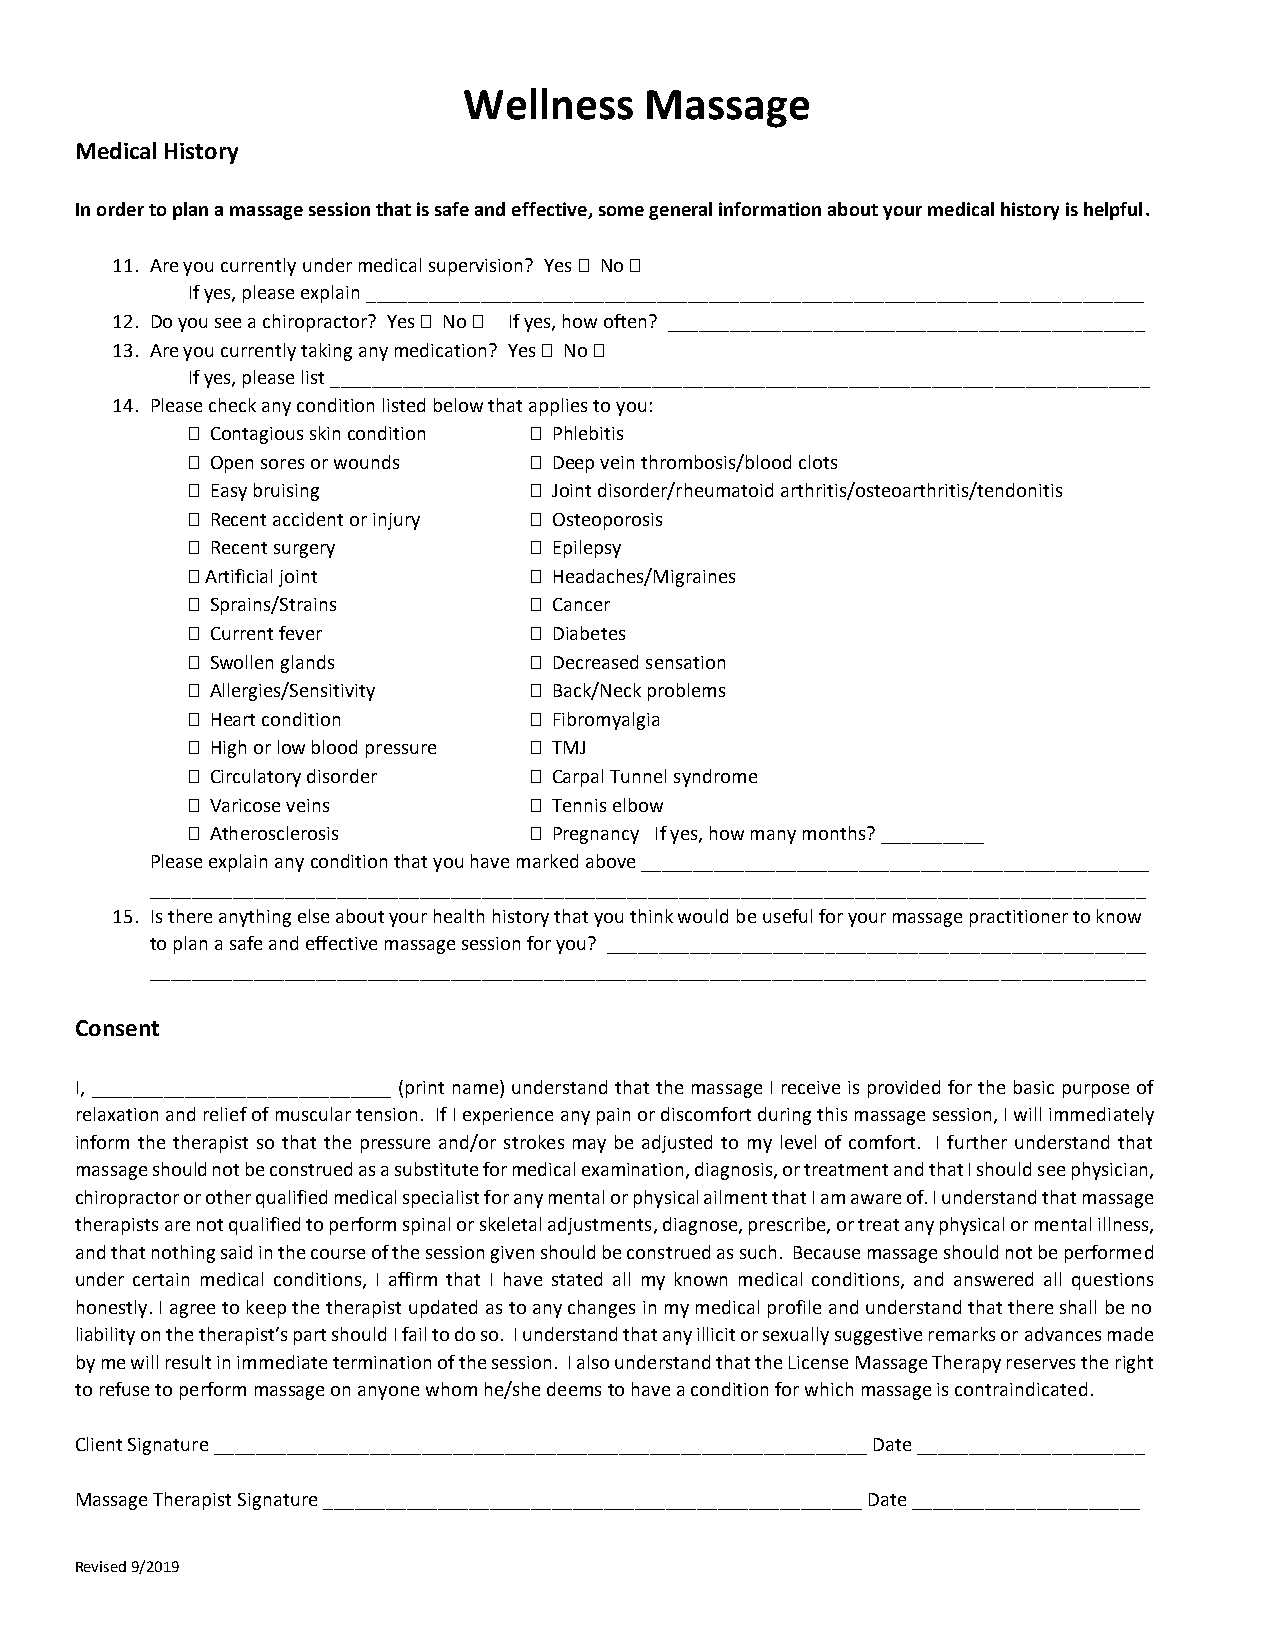
Wellness    Massage
 Medical History
 In order to plan a massage session that is safe and effective, some general information about your medical history is helpful.
 11. Are you currently under medical supervision? Yes  No 
 If yes, please explain ___________________________________________________________________________
 12. Do you see a chiropractor? Yes  No  If yes, how often? ______________________________________________
 13. Are you currently taking any medication? Yes  No 
 If yes, please list _______________________________________________________________________________
 14. Please check any condition listed below that applies to you:
  Contagious skin condition  Phlebitis
  Open sores or wounds  Deep vein thrombosis/blood clots
  Easy bruising         Joint disorder/rheumatoid arthritis/osteoarthritis/tendonitis
  Recent accident or injury  Osteoporosis
  Recent surgery        Epilepsy
  Artificial joint      Headaches/Migraines
  Sprains/Strains       Cancer
  Current fever         Diabetes
  Swollen glands        Decreased sensation
  Allergies/Sensitivity  Back/Neck problems
  Heart condition       Fibromyalgia
  High or low blood pressure  TMJ
  Circulatory disorder  Carpal Tunnel syndrome
  Varicose veins        Tennis elbow
  Atherosclerosis       Pregnancy If yes, how many months? __________
 Please explain any condition that you have marked above _________________________________________________
 ________________________________________________________________________________________________
 15. Is there anything else about your health history that you think would be useful for your massage practitioner to know
 to plan a safe and effective massage session for you? ____________________________________________________
 ________________________________________________________________________________________________
 Consent
 I, _____________________________ (print name) understand that the massage I receive is provided for the basic purpose of
 relaxation and relief of muscular tension. If I experience any pain or discomfort during this massage session, I will immediately
 inform the therapist so that the pressure and/or strokes may be adjusted to my level of comfort. I further understand that
 massage should not be construed as a substitute for medical examination, diagnosis, or treatment and that I should see physician,
 chiropractor or other qualified medical specialist for any mental or physical ailment that I am aware of. I understand that massage
 therapists are not qualified to perform spinal or skeletal adjustments, diagnose, prescribe, or treat any physical or mental illness,
 and that nothing said in the course of the session given should be construed as such. Because massage should not be performed
 under certain medical conditions, I affirm that I have stated all my known medical conditions, and answered all questions
 honestly. I agree to keep the therapist updated as to any changes in my medical profile and understand that there shall be no
 liability on the therapist’s part should I fail to do so. I understand that any illicit or sexually suggestive remarks or advances made
 by me will result in immediate termination of the session. I also understand that the License Massage Therapy reserves the right
 to refuse to perform massage on anyone whom he/she deems to have a condition for which massage is contraindicated.
 Client Signature _______________________________________________________________ Date ______________________
 Massage Therapist Signature ____________________________________________________ Date ______________________
 Revised 9/2019